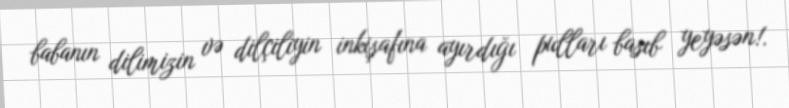
babanın dilimizin və dilçiliyin inkişafına ayırdığı pulları basıb yeyəsən!.